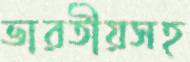
ভারতীয়সহ